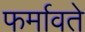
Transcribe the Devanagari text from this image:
फर्मावते